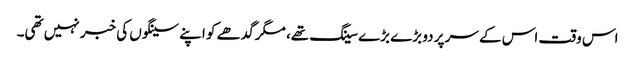
اس وقت اس کے سر پر دو بڑے بڑے سینگ تھے، مگر گدھے کو اپنے سینگوں کی خبر نہیں تھی۔